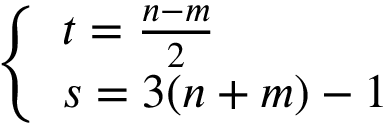
\left\{ \begin{array} { l l } { { t = \frac { n - m } { 2 } } } \\ { { s = 3 ( n + m ) - 1 } } \end{array} \right.